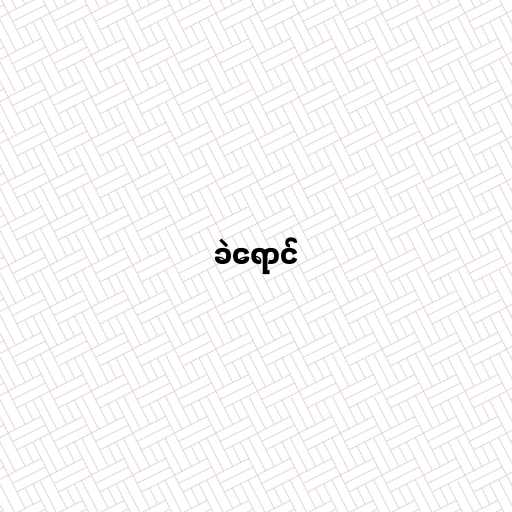
ခဲရောင်